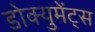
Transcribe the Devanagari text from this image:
डोक्युमेंट्स